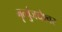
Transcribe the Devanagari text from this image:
मॄत्युंजयेश्वर